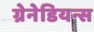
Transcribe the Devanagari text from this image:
ग्रेनेडियन्स